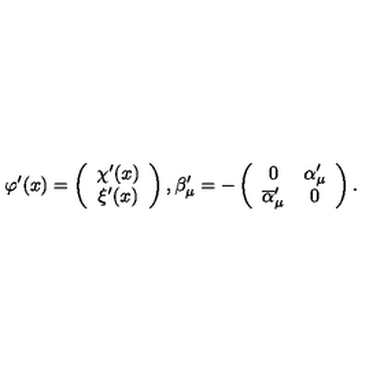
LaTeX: \varphi ^ { \prime } ( x ) = \left( \begin{array} { c } { \chi ^ { \prime } ( x ) } \\ { \xi ^ { \prime } ( x ) } \\ \end{array} \right) , \beta _ { \mu } ^ { \prime } = - \left( \begin{array} { c c } { 0 } & { \alpha _ { \mu } ^ { \prime } } \\ { \overline { { \alpha } } _ { \mu } ^ { \prime } } & { 0 } \\ \end{array} \right) .